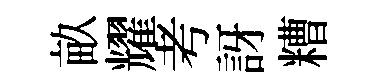
畝耀考訝糟